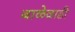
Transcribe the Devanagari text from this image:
बाळेवाडी